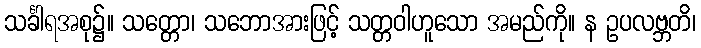
သင်္ခါရအစု၌။ သတ္တော၊ သဘောအားဖြင့် သတ္တဝါဟူသော အမည်ကို။ န ဥပလဗ္ဘတိ၊